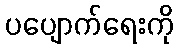
ပပျောက်ရေးကို